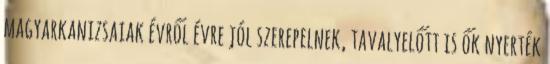
magyarkanizsaiak évről évre jól szerepelnek, tavalyelőtt is ők nyerték